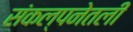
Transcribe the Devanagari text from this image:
संकल्पनेतली